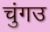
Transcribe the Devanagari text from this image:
चुंगउ